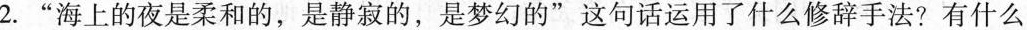
2.”海上的夜是柔和的，是静寂的，是梦幻的”这句话运用了什么修辞手法?有什么